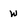
Character: w